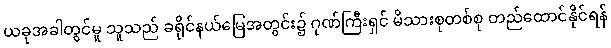
ယခုအခါတွင်မူ သူသည် ခရိုင်နယ်မြေအတွင်း၌ ဂုဏ်ကြီးရှင် မိသားစုတစ်စု တည်ထောင်နိုင်ရန်